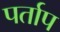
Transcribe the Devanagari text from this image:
पर्ताप